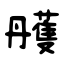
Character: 雘